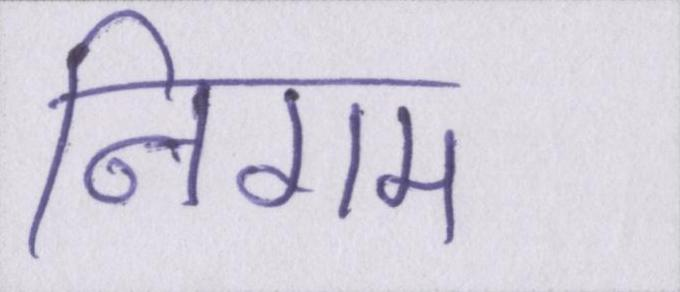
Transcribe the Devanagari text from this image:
निगम